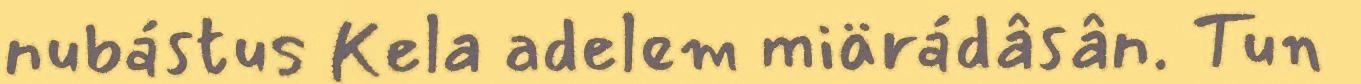
nubástus Kela adelem miärádâsân. Tun